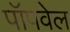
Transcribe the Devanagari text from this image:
पॉपवेल